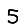
Digit: 5